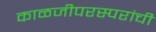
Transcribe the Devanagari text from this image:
काळजीपरस्परांची